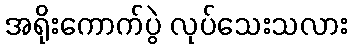
အရိုးကောက်ပွဲ လုပ်သေးသလား